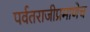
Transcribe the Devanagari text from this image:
पर्वतराजीप्रमाणेच